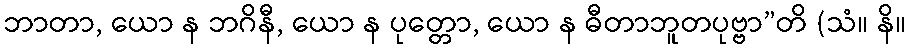
ဘာတာ, ယော န ဘဂိနီ, ယော န ပုတ္တော, ယော န ဓီတာဘူတပုဗ္ဗာ”တိ (သံ။ နိ။